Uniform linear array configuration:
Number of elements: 16
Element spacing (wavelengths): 0.5
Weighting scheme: uniform
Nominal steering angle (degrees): -15
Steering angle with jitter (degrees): -15.487
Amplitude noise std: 0.05
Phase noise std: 0.05

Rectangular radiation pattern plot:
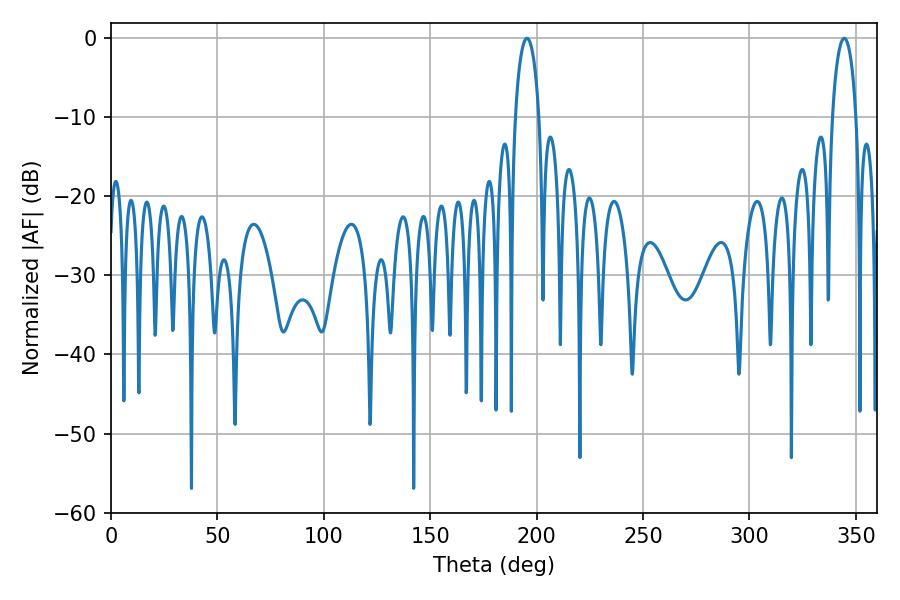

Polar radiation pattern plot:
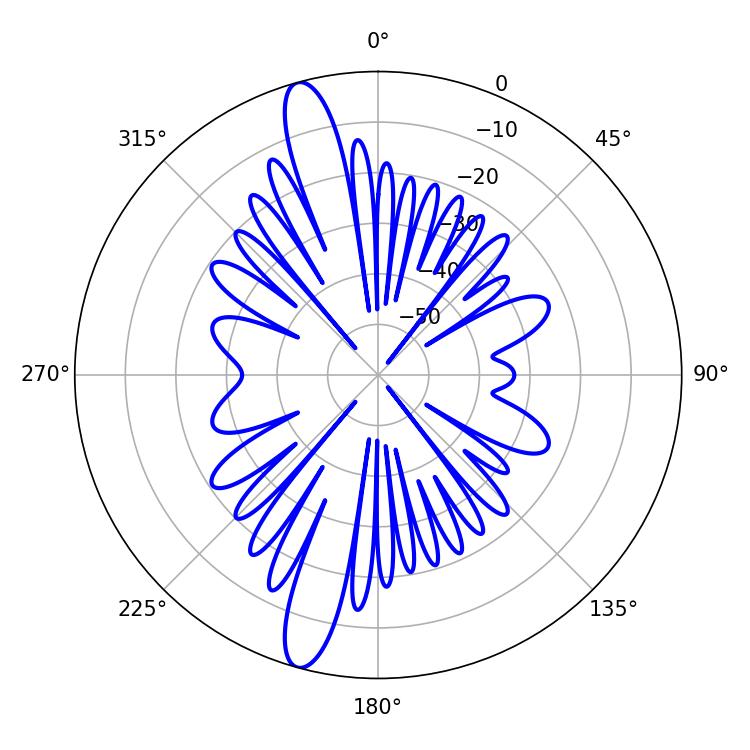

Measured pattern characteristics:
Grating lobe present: FALSE
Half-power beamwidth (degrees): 6.48
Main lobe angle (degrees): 195.48